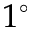
1 ^ { \circ }